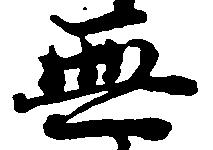
無